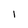
Character: 1